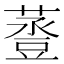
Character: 𧯷